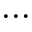
\cdots